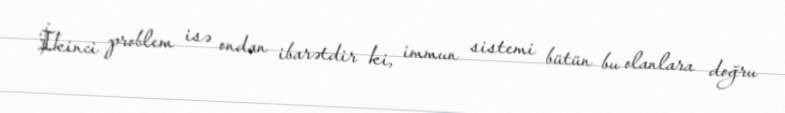
İkinci problem isə ondan ibarətdir ki, immun sistemi bütün bu olanlara doğru